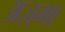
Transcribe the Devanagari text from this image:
अज़्मा